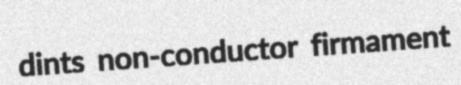
dints non-conductor firmament